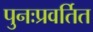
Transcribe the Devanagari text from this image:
पुनःप्रवर्तित